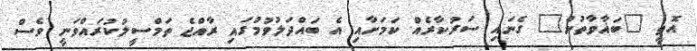
އޮތީ "ބަޣާވާތުން" ގެނައި ސަރުކާރެއް ކަމަށާއި އެ ބައްދަލުވުމުގައި ރާއްޖެ ތަމްސީލުކުރައްވަނީ ވެސް